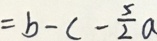
= b - c - \frac { 5 } { 2 } a